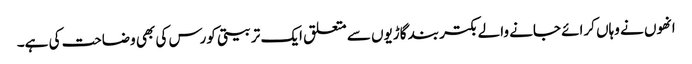
انھوں نے وہاں کرائے جانے والے بکتر بند گاڑیوں سے متعلق ایک تربیتی کورس کی بھی وضاحت کی ہے۔